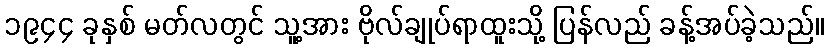
၁၉၄၄ ခုနှစ် မတ်လတွင် သူ့အား ဗိုလ်ချုပ်ရာထူးသို့ ပြန်လည် ခန့်အပ်ခဲ့သည်။